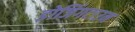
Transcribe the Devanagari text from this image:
डोजिंगटाउन